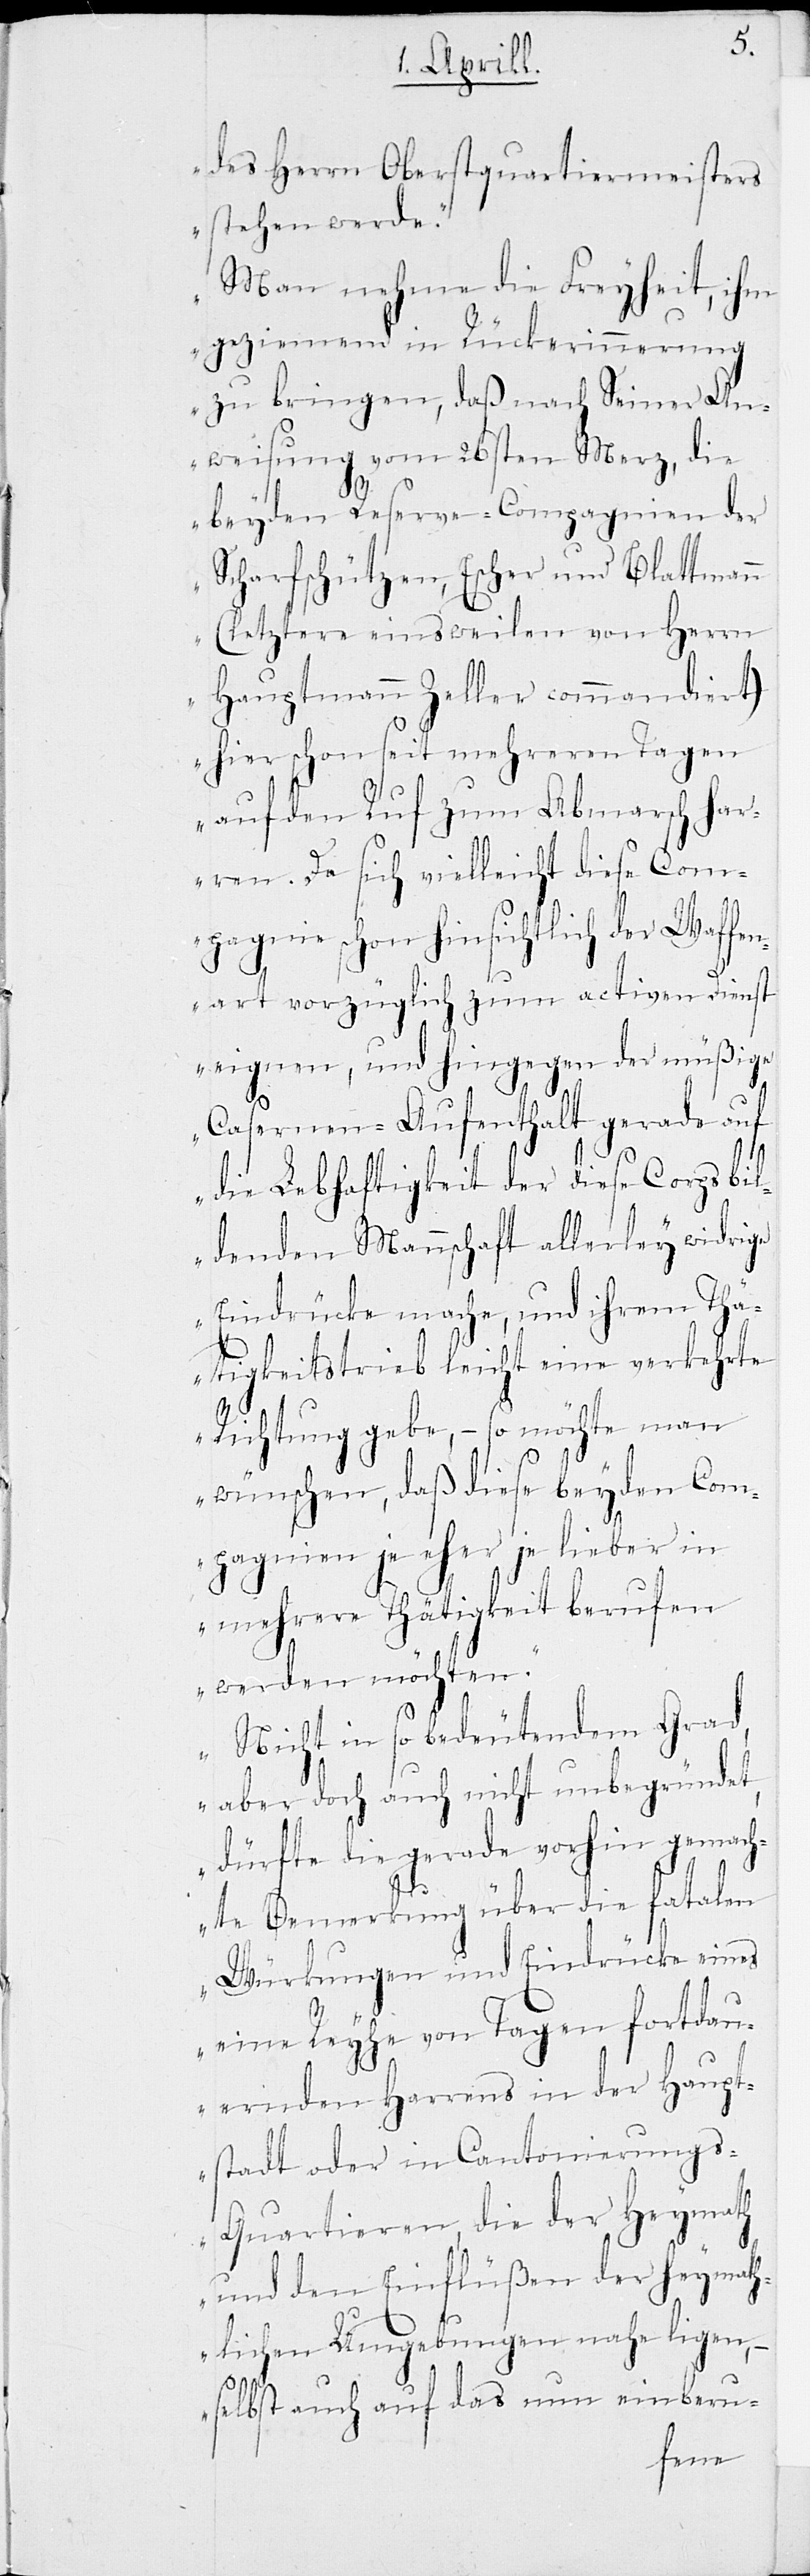
des Herrn Oberstquartiermeisters
stehen werde.
Man nehme die Freyheit, ihm
geziemend in Rückerinnerung
zu bringen, daß nach Seiner An¬
weisung vom 26sten Merz, die
beyden Reserve-Compagnien der
comman¬
Scharfschützen, Escher und
Herrn
(letztere einsweilen von
diert)
Hauptmann Zeller
hier schon seit mehreren Tagen
auf den Ruf zum Abmarsch har¬
ren. Da sich vielleicht diese Com¬
pagnie schon hinsichtlich der Waffe¬
nart vorzüglich zum activen Dienst
eignen, und hingegen der müßige
Casernen-Aufenthalt gerade auf
die Lebhaftigkeit der diese Corps bil¬
denden Mannschaft allerley widrige
Eindrücke mache, und ihrem Thä¬
tigkeitstrieb leicht eine verkehrte
Richtung gebe, – so möchte man
wünschen, daß diese beyden Com¬
pagnien je eher je lieber in
mehrere Thätigkeit berufen
werden möchten.
Nicht in so bedeutendem Gr¬
ad, doch auch nicht unbegründet,
dürfte die gerade vorhin gemach¬
te Bemerkung über die fatalen
Würkungen und Eindrücke eines
eine Reyhe von Tagen fortdau¬
ernden Harrens in der Haupt¬
stadt oder in Cantonierung¬
s-Quartieren, die der Heymath
und den Einflüßen der heymath¬
lichen Umgebungen nahe ligen,
selbst auch auf das nun einberu-